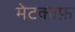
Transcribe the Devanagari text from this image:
मेटकाफ़